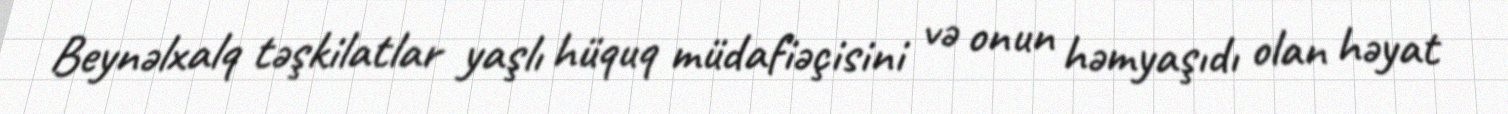
Beynəlxalq təşkilatlar yaşlı hüquq müdafiəçisini və onun həmyaşıdı olan həyat